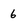
Character: 6